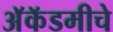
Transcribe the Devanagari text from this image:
अॅकॅडमीचे